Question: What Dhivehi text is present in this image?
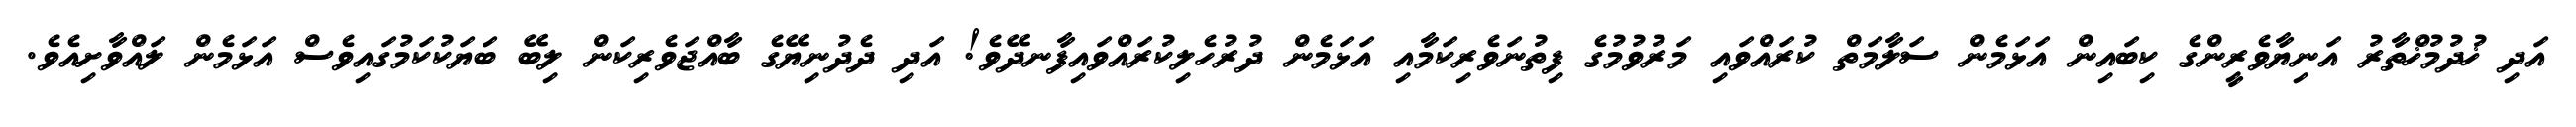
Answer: އަދި ޚުދުމުޚްތާރު އަނިޔާވެރީންގެ ކިބައިން އަޅަމެން ސަލާމަތް ކުރައްވައި މަރުވުމުގެ ފިތުނަވެރިކަމާއި އަޅަމެން ދުރުހެލިކުރައްވައިފާނދޭވެ! އަދި ދެދުނިޔޭގެ ބާއްޖަވެރިކަން ލިބޭ ބަޔަކުކަމުގައިވެސް އަޅަމެން ލައްވާށިއެވެ.